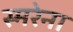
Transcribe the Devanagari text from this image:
स्मरेना